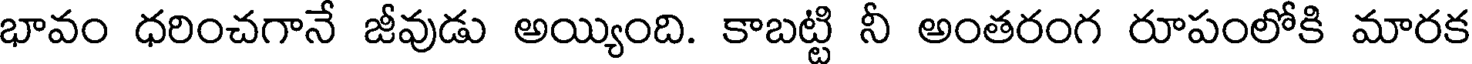
భావం ధరించగానే జీవుడు అయ్యింది. కాబట్టి నీ అంతరంగ రూపంలోకి మారక